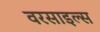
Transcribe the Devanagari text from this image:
वरसाइल्स